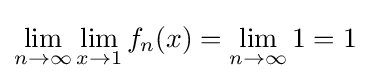
\lim _{n\to \infty }\lim _{x\to 1}f_{n}(x)=\lim _{n\to \infty }1=1